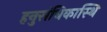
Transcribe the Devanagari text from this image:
हनुसंधिकास्थि